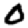
Digit: 0